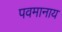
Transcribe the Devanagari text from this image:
पवमानाय